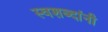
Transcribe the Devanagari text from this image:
स्वशब्दांनी